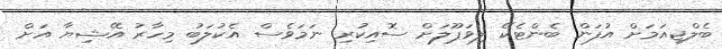
ބެލްޖިއަމަށް އުފަން ބެންޓެކޭ ލިވަޕޫލަށް ސޮއިކުރި ނަމަވެސް އެކުލަބު މިހާރު އޭޝިޔާ އަށް